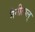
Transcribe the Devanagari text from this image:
नैनीताल्